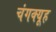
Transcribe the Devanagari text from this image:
चंगक्यूह